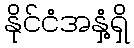
နိုင်ငံအနှံ့ရှိ